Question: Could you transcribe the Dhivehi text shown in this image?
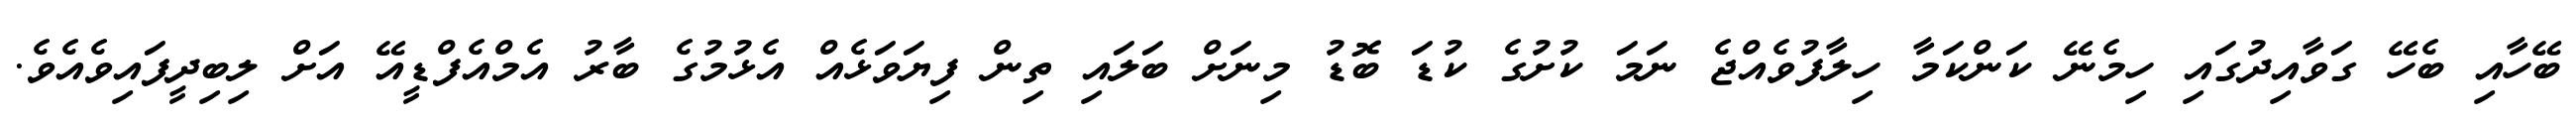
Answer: ބޭހާއި ބެހޭ ގަވާއިދުގައި ހިމެނޭ ކަންކަމާ ހިލާފުވެއްޖެ ނަމަ ކުށުގެ ކުޑަ ބޮޑު މިނަށް ބަލައި ތިން ފިޔަވަޅެއް އެޅުމުގެ ބާރު އެމްއެފްޑީއޭ އަށް ލިބިދީފައިވެއެވެ.